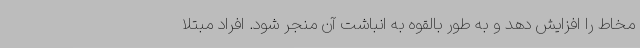
مخاط را افزایش دهد و به طور بالقوه به انباشت آن منجر شود. افراد مبتلا